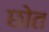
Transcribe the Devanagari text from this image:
छोत